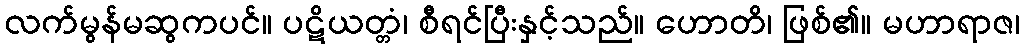
လက်မွန်မဆွကပင်။ ပဋိယတ္တံ၊ စီရင်ပြီးနှင့်သည်။ ဟောတိ၊ ဖြစ်၏။ မဟာရာဇ၊